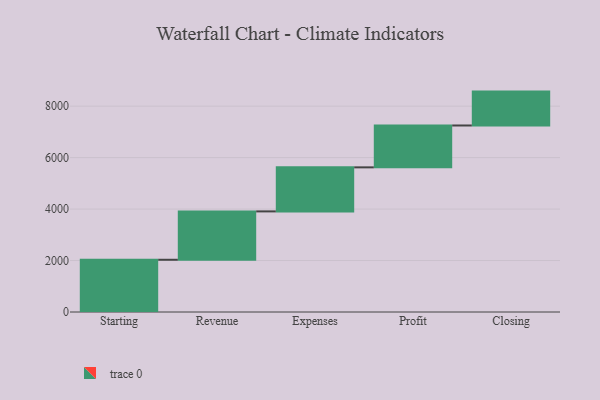
{"axis": {"x": "Step", "y": "Value"}, "legend": [""], "data": [{"x": "Starting", "y": 2030.0, "type": ""}, {"x": "Revenue", "y": 1880.0, "type": ""}, {"x": "Expenses", "y": 1712.0, "type": ""}, {"x": "Profit", "y": 1627.0, "type": ""}, {"x": "Closing", "y": 1317.0, "type": ""}]}